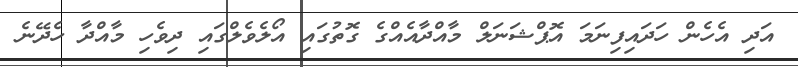
އަދި އެހެން ހަދައިފިނަމަ އޮޕްޝަނަލް މާއްދާއެއްގެ ގޮތުގައި އޯލެވެލްގައި ދިވެހި މާއްދާ ހެދޭނެ